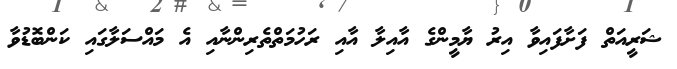
ޝަރީއަތް ފަށާފައިވާ އިރު ޔާމީންގެ އާއިލާ އާއި ރަހުމަތްތެރިންނާއި އެ މައްސަލާގައި ކަންބޮޑުވާ